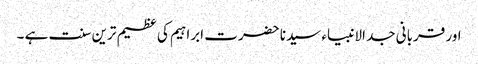
اور قربانی جد الانبیاء سیدنا حضرت ابراہیم کی عظیم ترین سنت ہے ۔